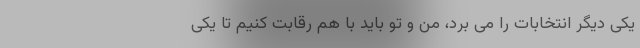
یکی دیگر انتخابات را می برد، من و تو باید با هم رقابت کنیم تا یکی